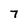
Character: 7